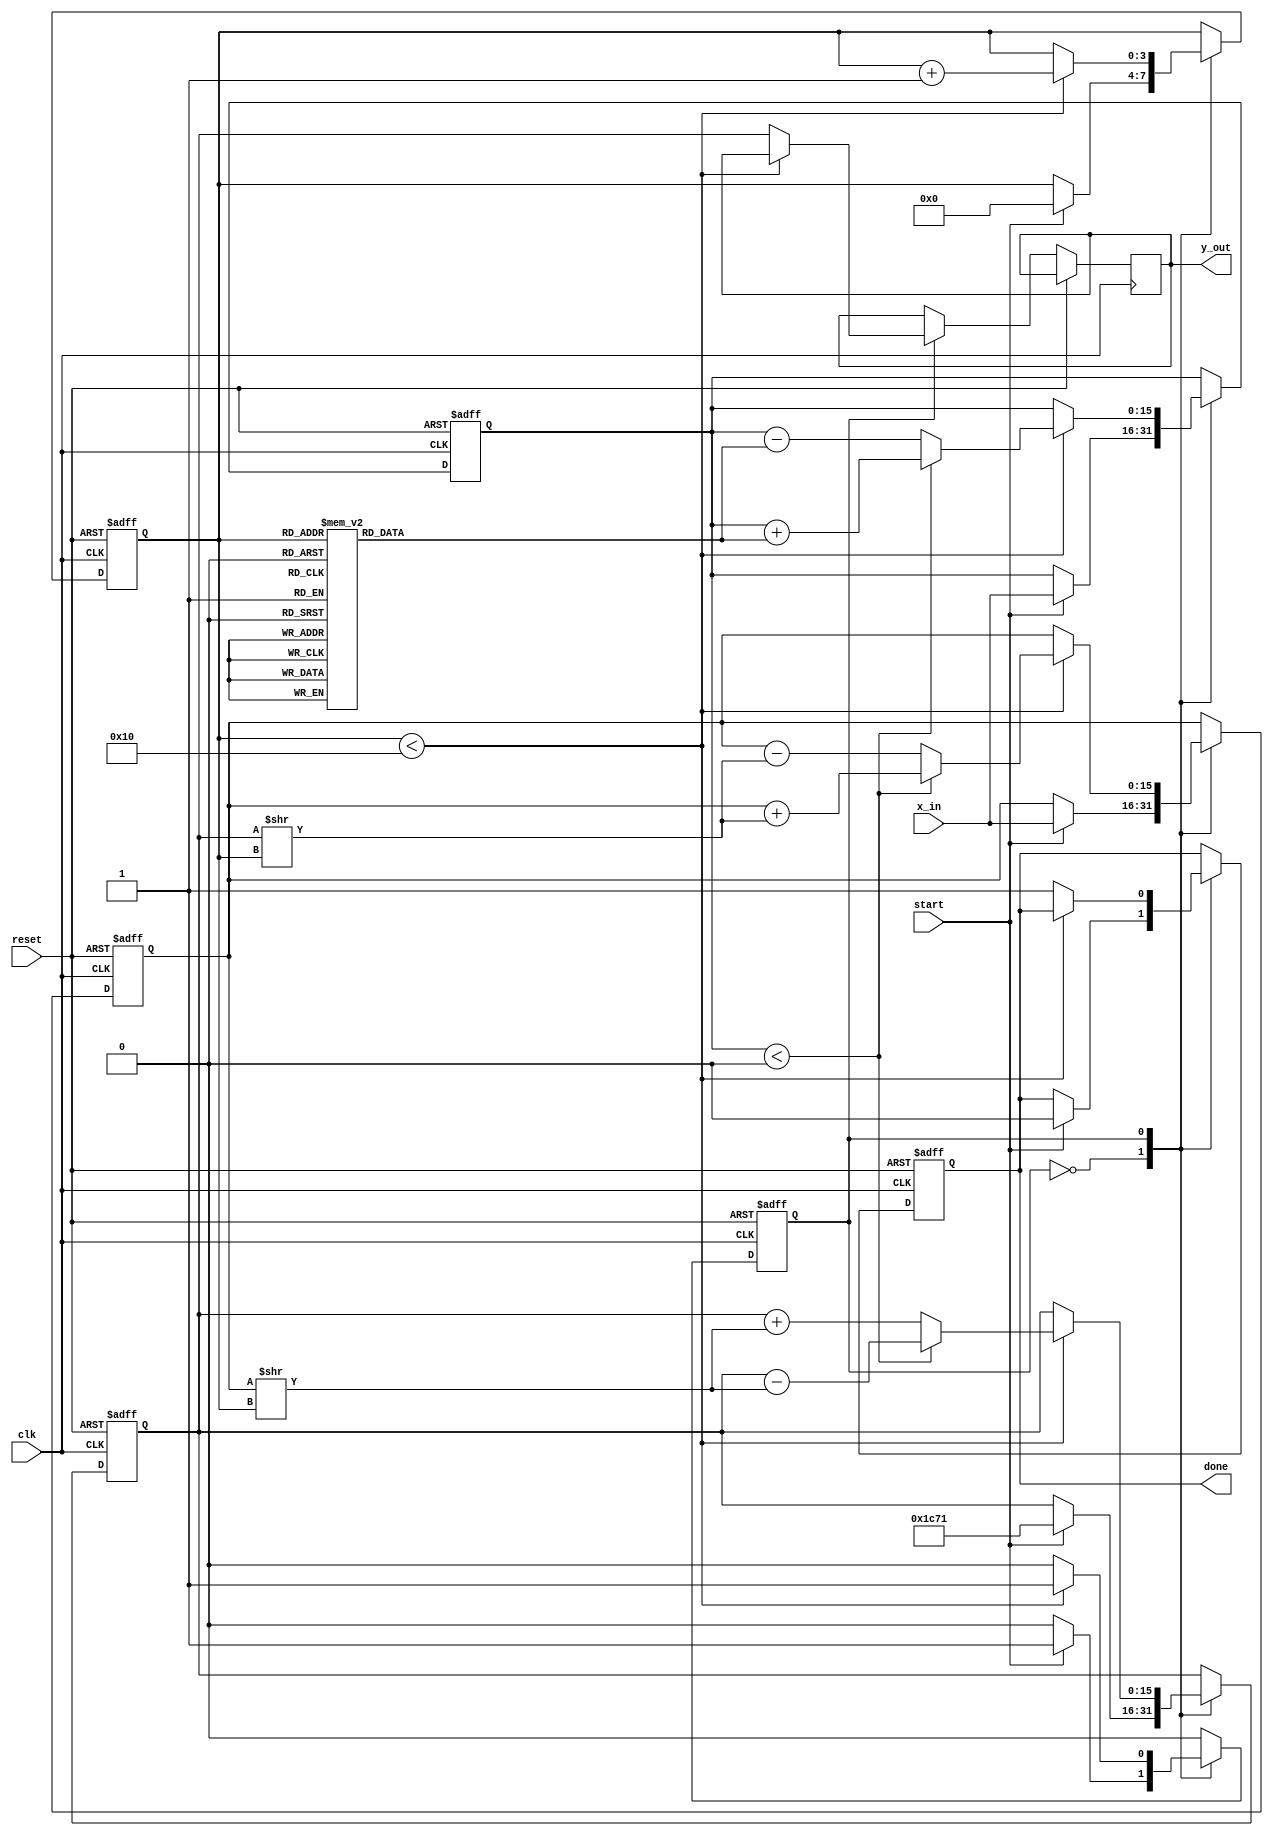
module cordic_exponential #(
    parameter WIDTH = 16,         // Width of fixed-point representation
    parameter ITERATIONS = 16     // Number of iterations for CORDIC
)(
    input wire clk,               // Clock signal
    input wire reset,             // Reset signal
    input wire start,             // Start computation signal
    input wire [WIDTH-1:0] x_in,  // Input value (fixed-point representation)
    output reg [WIDTH-1:0] y_out, // Output value (computed exponential)
    output reg done               // Computation done signal
);

    // CORDIC constants (arctan values for each iteration)
    reg [WIDTH-1:0] atan_table [0:ITERATIONS-1];
    initial begin
        // Initialize the arctan values (scaled)
        atan_table[0] = 16'h1C71; // atan(2^0) * 2^16
        atan_table[1] = 16'h0B72; // atan(2^-1) * 2^16
        atan_table[2] = 16'h05B8; // atan(2^-2) * 2^16
        atan_table[3] = 16'h02D9; // atan(2^-3) * 2^16
        // ... (continue initializing for all iterations)
        atan_table[15] = 16'h0000; // Last value (for simplicity)
    end

    // Internal registers
    reg [WIDTH-1:0] x, y, z;     // x, y, z values for CORDIC
    reg [3:0] iteration;          // Iteration counter
    reg state;                   // State of the computation

    // Scaling factor (pre-calculated)
    localparam SCALING_FACTOR = 16'h1C71; // Example scaling factor

    // State machine for CORDIC operation
    always @(posedge clk or posedge reset) begin
        if (reset) begin
            x <= 0;
            y <= 0;
            z <= 0;
            iteration <= 0;
            done <= 0;
            state <= 0;
        end else begin
            case (state)
                0: begin // Idle state
                    if (start) begin
                        x <= x_in; // Load input
                        y <= SCALING_FACTOR; // Initial y value (scaling)
                        z <= x_in; // Load input angle
                        iteration <= 0; // Reset iteration counter
                        done <= 0; // Reset done signal
                        state <= 1; // Move to next state
                    end
                end
                1: begin // CORDIC iterations
                    if (iteration < ITERATIONS) begin
                        // Perform CORDIC rotation
                        if (z < 0) begin
                            x <= x + (y >> iteration);
                            y <= y - (x >> iteration);
                            z <= z + atan_table[iteration];
                        end else begin
                            x <= x - (y >> iteration);
                            y <= y + (x >> iteration);
                            z <= z - atan_table[iteration];
                        end
                        iteration <= iteration + 1; // Increment iteration
                    end else begin
                        y_out <= y; // Output the result
                        done <= 1; // Set done signal
                        state <= 0; // Go back to idle
                    end
                end
            endcase
        end
    end

endmodule